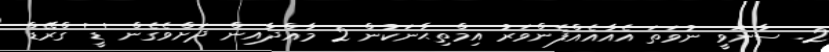
2. ސާނަވީ ނުވަތަ އެއާއެއްފެންވަރު އިމްތިޙާނަކުން 2 މާއްދާއިން ދަށްވެގެން 'ޑީ' ގްރޭޑް